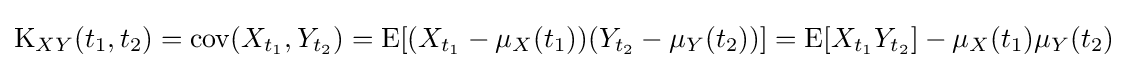
\operatorname {K} _{XY}(t_{1},t_{2})=\operatorname {cov} (X_{t_{1}},Y_{t_{2}})=\operatorname {E} [(X_{t_{1}}-\mu _{X}(t_{1}))(Y_{t_{2}}-\mu _{Y}(t_{2}))]=\operatorname {E} [X_{t_{1}}Y_{t_{2}}]-\mu _{X}(t_{1})\mu _{Y}(t_{2})